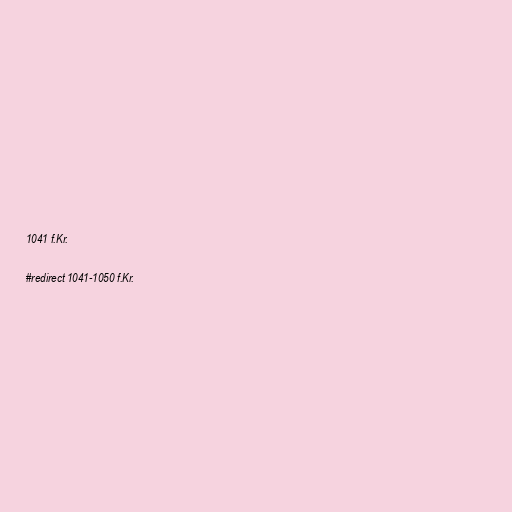
1041 f.Kr.

#redirect 1041-1050 f.Kr.